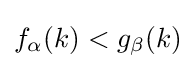
f_{\alpha }(k)<g_{\beta }(k)